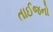
તાઈજનો